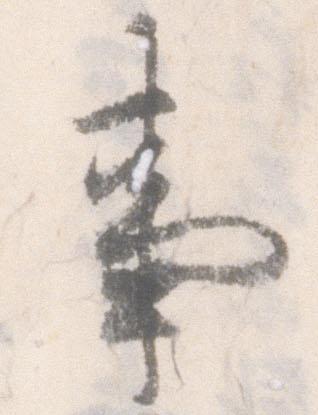
事